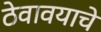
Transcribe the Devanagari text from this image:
ठेवावयाचे